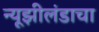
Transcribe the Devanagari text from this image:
न्यूझीलंडाचा